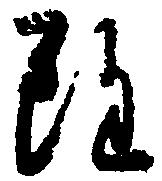
雖